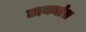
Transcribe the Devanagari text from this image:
टाक्यांत